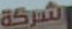
الشركة